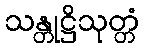
သန္တုဋ္ဌိသုတ္တံ